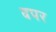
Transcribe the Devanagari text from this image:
वपर